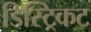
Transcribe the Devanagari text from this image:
डिस्ट्रिकट